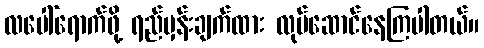
လပေါ်ရောက်ဖို့ ရည်မှန်းချက်ထား လုပ်ဆောင်နေကြပါတယ်။